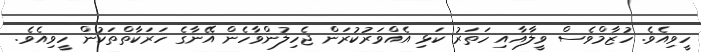
ހީވިއެވެ. ހުޒާމްވެސް ވީލާއާއި ހަތަރު ކަޅި އެއްވަރުކުރަން ޖެހިލުންވާހެން އޭނާގެ ހަރަކާތްތަކުން ހީވިއެެވެ.